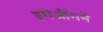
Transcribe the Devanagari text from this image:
इमेजींगने